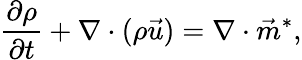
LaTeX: \frac{\partial{\rho}}{\partial t}+\nabla\cdot({\rho}\vec{u})=\nabla\cdot\vec{m}^{*},